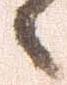
々